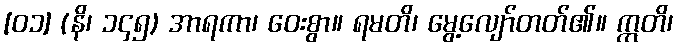
[၀၁] (နိ၊ ၁၄၅) အာရကာ၊ ဝေးစွာ။ ရမတိ၊ မွေ့လျော်တတ်၏။ ဣတိ၊